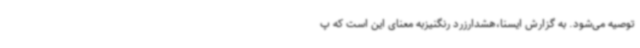
توصیه می‌شود. به گزارش ایسنا،هشدارزرد رنگنیزبه معنای این است که پ